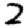
Digit: 2